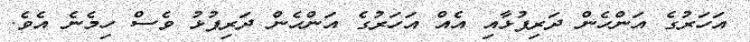
އަހަރުގެ އަންހެން ދަރިފުޅާއި އެއް އަހަރުގެ އަންހެން ދަރިފުޅު ވެސް ހިމެނެ އެވެ.